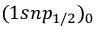
( 1 s n p _ { 1 / 2 } ) _ { 0 }